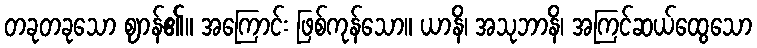
တခုတခုသော ဈာန်၏။ အကြောင်း ဖြစ်ကုန်သော။ ယာနိ၊ အသုဘာနိ၊ အကြင်ဆယ်ထွေသော